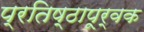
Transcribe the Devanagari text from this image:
प्रतिष्ठापूर्वक